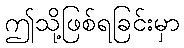
ဤသို့ဖြစ်ရခြင်းမှာ